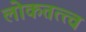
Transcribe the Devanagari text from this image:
लोकतत्त्व